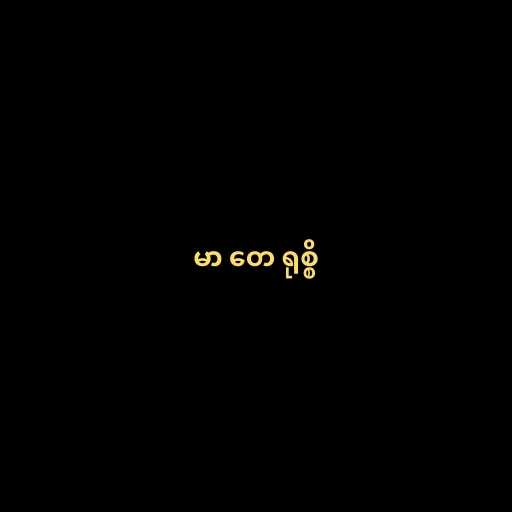
မာ တေ ရုစ္စိ